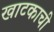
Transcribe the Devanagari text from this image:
खाटकाची